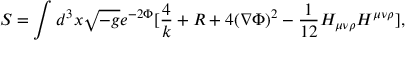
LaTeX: S = \int d ^ { 3 } x \sqrt { - g } e ^ { - 2 \Phi } [ \frac { 4 } { k } + R + 4 ( \nabla \Phi ) ^ { 2 } - \frac { 1 } { 1 2 } H _ { \mu \nu \rho } H ^ { \mu \nu \rho } ] ,